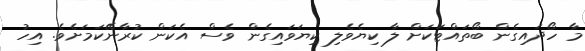
މާ ހޯދައިގެން ބޯތައްޓަކަށް ލާ ކިޔެވެލި ކިޔަވައިގެން ވެސް އެކަން ކުރާނޭކަމަށެވެ. އިހު